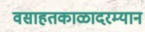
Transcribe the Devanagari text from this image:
वसाहतकाळादरम्यान